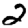
Digit: 2